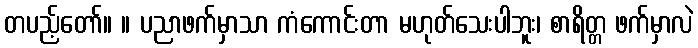
တပည့်တော်။ ။ ပညာဖက်မှာသာ ကံကောင်းတာ မဟုတ်သေးပါဘူး၊ စာရိတ္တ ဖက်မှာလဲ